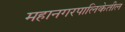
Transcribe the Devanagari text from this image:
महानगरपालिकेतील